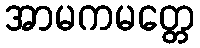
အာမကမတ္တေ